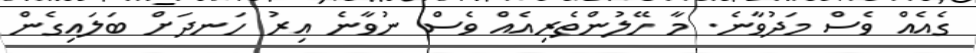
ގެއެއް ވެސް މަދުވާނެ. މާ ހޭލުންތެރިއެއް ވެސް ނުވާނެ އިރު ހަނދަށް ބަލައިގެން